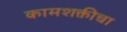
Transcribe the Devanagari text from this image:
कामशक्तीचा